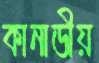
কানাডীয়